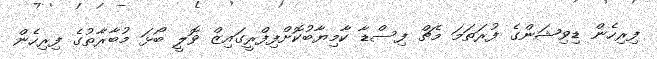
ފިރިހެން ޑިވިޝަންގެ ފުރަތަމަ މެޗް ފިސްޑާ ކާމިޔާބުކޮށްފިފްރީގައިޒް ވޮލީ ބޯޅަ މުބާރާތުގެ ފިރިހެން